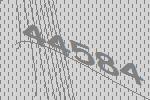
44584